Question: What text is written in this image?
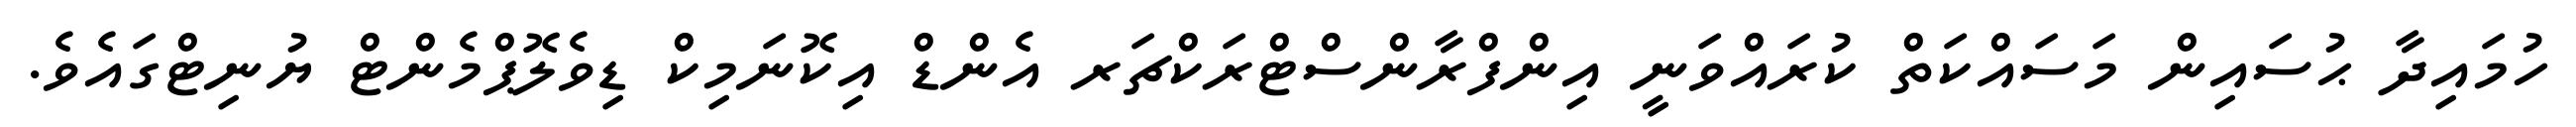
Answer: ހުމައިދާ ޙުސައިން މަސައްކަތް ކުރައްވަނީ އިންފްރާންސްޓްރަކްޗަރ އެންޑް އިކޮނަމިކް ޑިވެލޮޕްމެންޓް ޔުނިޓްގައެވެ.